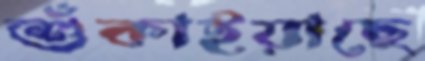
শুঁকাইয়াছে